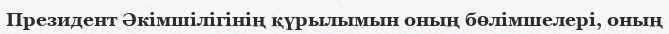
Президент Әкімшілігінің қүрылымын оның бөлімшелері, оның